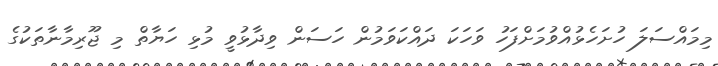
މިމައްސަލަ ހުށަހެޅުއްވުމަށްފަހު ވަހަކަ ދައްކަވަމުން ހަސަން ވިދާޅުވީ މުޅި ހަޔާތް މި ޖޫރިމާނާތަކުގެ